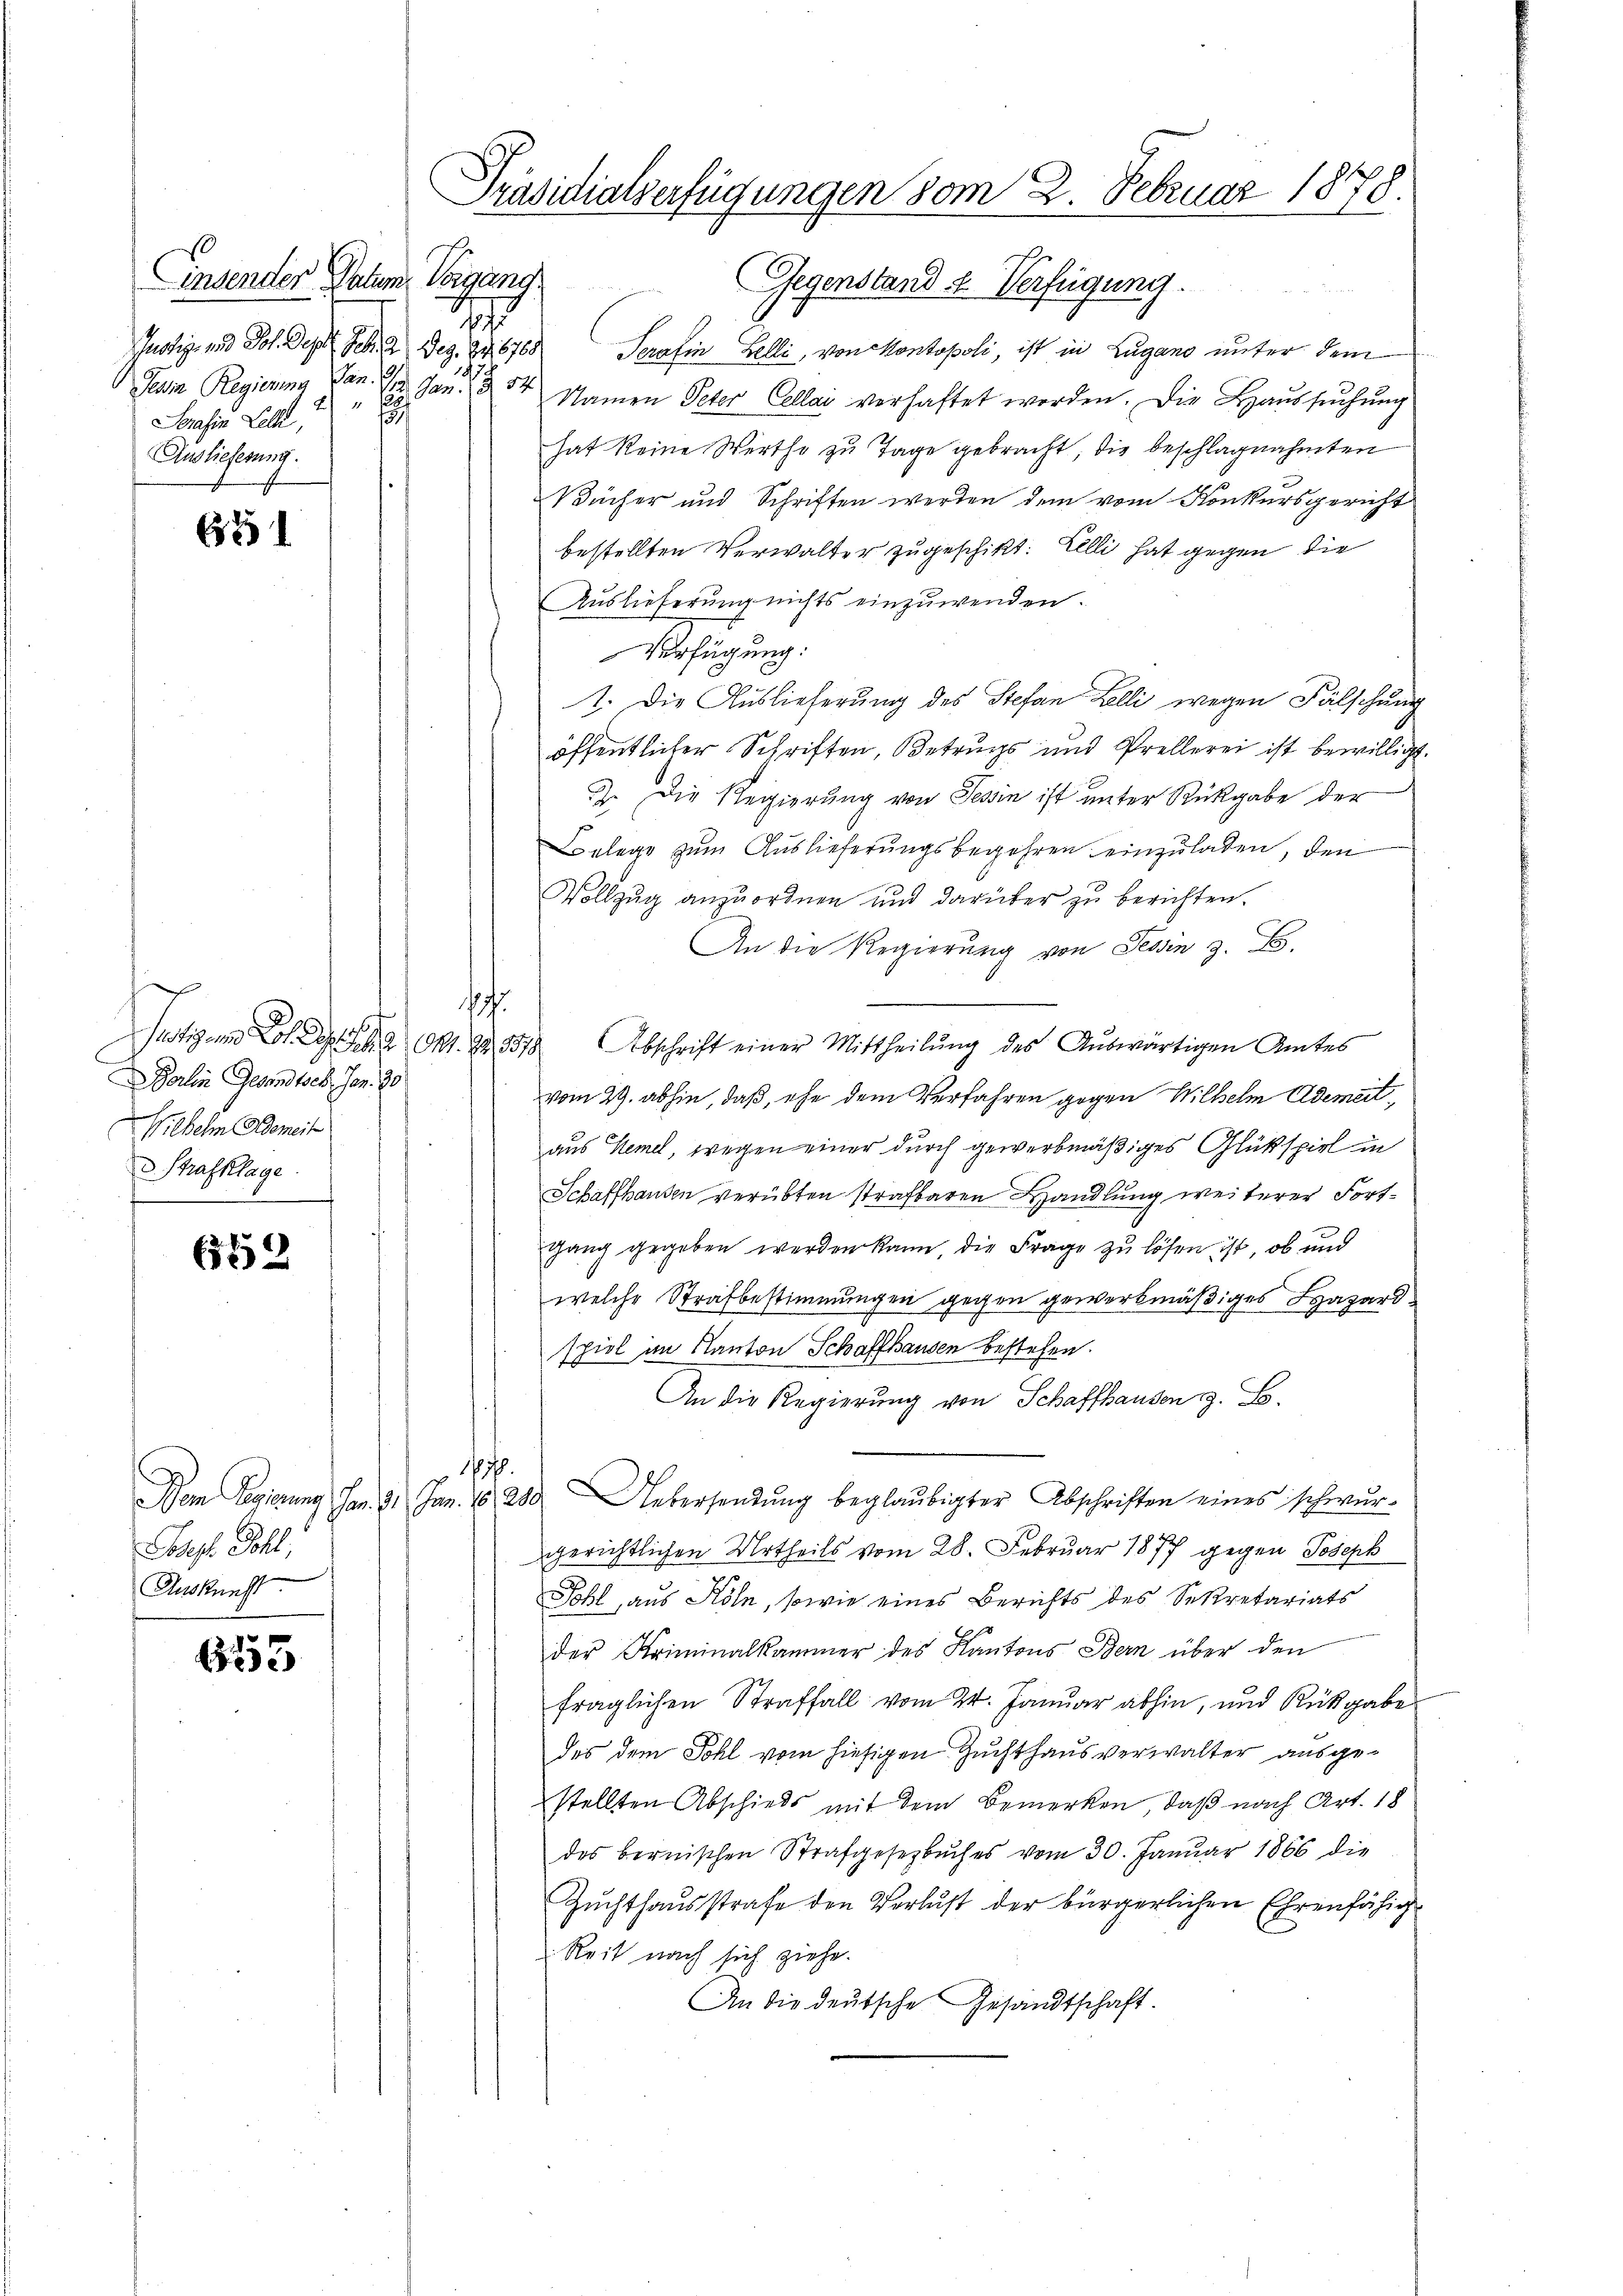
insender Datum. Vorgang
.
Justiz- und Joh. Sept. d. 2. Dez. S. 676
.
Pesia Regierung Jan. 2,
E Jan. 1254.
1
1
Serasia Lelli,
Auslieferung.

621

e
atz in Bergesse en
arlin Gesandtsch. Jan. 90
Wilhelm Gemeit
Strafklage.

652

Bsp. Bohl,
Auskunft.

6553

Präsidialverfügungen vom 2. Februar 1878.

Gegenstand u. Verfügung.
da er
Peratin Lelli, von Kontopoli, ist in Zugano unter dem
Namen Peter Cellai verhaftet worden. Die Haussuchung
hat keine Wertho zu Tage gebracht, die beschlagnahmten
Bücher und Schriften werden dem vom Konkursgericht
bestellten Verwalter zugeschikt: Lelli hat gegen die
Auslieferŭng nichts einzuwenden.
Verfügung:
1. Die Auslieferung des Stefan Lelli wegen Fälschung
öffentlicher Schriften, Betrugs und Prellerei ist bewilligt.
J. Die Regierung von Tessin ist unter Rückgabe der
Belege zum Auslieferungsbegehren einzuladen, den
Vollzug anzuordnen und darüber zu berichten.
An die Regierung von Tessin z. B.
h
1578 Abschrift einer Mittheilŭng des Aŭswärtigen Amtes
vom 29. abhin, daß, ehe dem Verfahren gegen Wilhelm Ademeitaus Kemel, wegen einer durch gewerbmäßiges Glükspiel in
Schaffhausen verübten strafbaren Handlung weiterer Fortgang gegeben werden kann, die Frage zu lösen ist, ob und
welche Strafbestimmungen gegen gewerkmäßiges Hazardspiel im Kanton Schaffhausen bestehen.
An die Regierung von Schaffhausen z. B.
7.
Dem Regierung an. 2. Jan. 18, 280. Uebersendŭng beglaubigter Abschriften eines schwŭr-
gerichtlichen Urtheils vom 28. Februar 1877 gegen Joseph
Tohl, aus Köln, sowie eines Berichts des Sekretariats
der Kriminalkammer des Kantons Bern über den
fraglichen Straffall vom 24. Januar abhin, und Rückgabe
des dem Sohl vom hiesigen Zuchthaus verwalter ausgestellten Abschieds mit dem Bemerken, daß nach Art. 18
des bernischen Strafgesetzbuches vom 30. Januar 1866 die
Zuchthausstrafe den Verlust der bürgerlichen Ehrenfähig
Reit nach sich ziehe.
An die deutsche Gesandtschaft.